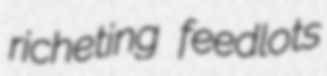
richeting feedlots